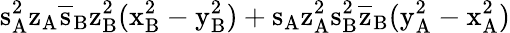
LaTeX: \mathrm{s_{A}^{2}\mathrm{z_{A}\mathrm{\overline{{s}}_{B}\mathrm{z_{B}^{2}(\mathrm{x_{B}^{2}-\mathrm{y_{B}^{2})+\mathrm{s_{A}\mathrm{z_{A}^{2}\mathrm{s_{B}^{2}\mathrm{\overline{{z}}_{B}(\mathrm{y_{A}^{2}-\mathrm{x_{A}^{2})}}}}}}}}}}}}